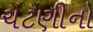
ચટણીનો